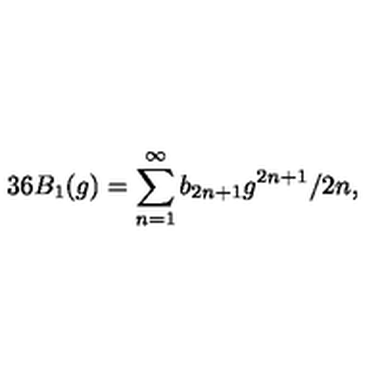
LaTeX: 3 6 B _ { 1 } ( g ) = \sum _ { n = 1 } ^ { \infty } b _ { 2 n + 1 } g ^ { 2 n + 1 } / 2 n ,